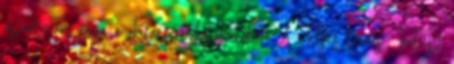
apartman várja a Kalocsára látogatókat A Teljes leírás Térkép